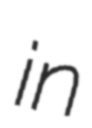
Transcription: in